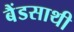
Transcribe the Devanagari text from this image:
बैंडसाथी